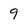
Character: 9